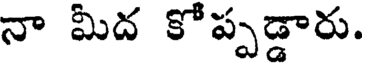
నా మీద కోప్పడ్డారు.